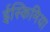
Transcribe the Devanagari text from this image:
ईस्किमिया